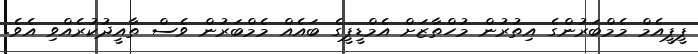
ޕީޕީއެމް މެމްބަރުންގެ އިތުރުން މުހްތާޒަށް އެމްޑީޕީގެ ބައެއް މެމްބަރުން ވެސް ތާއީދުކުރެއްވި އެވެ.